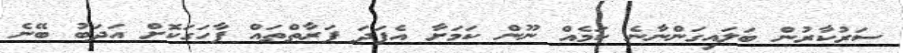
ސަރުކާރުން ބަލައިގަންނާނެ ކަމެއް ނޫން ކަމަށާ އެފަދަ ފަރާތްތައް ފާހަގަކޮށް އަދަބު ބޭނެ